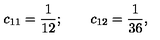
c _ { 1 1 } = \frac 1 { 1 2 } ; \qquad c _ { 1 2 } = \frac 1 { 3 6 } ,